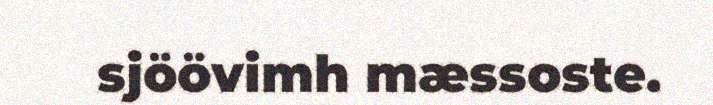
sjöövimh mæssoste.